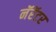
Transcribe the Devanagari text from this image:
नॅरॅटर